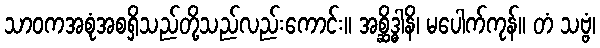
သာဝကအစုံအစရှိသည်တို့သည်လည်းကောင်း။ အစ္ဆိဒ္ဓါနိ၊ မပေါက်ကုန်။ တံ သဗ္ဗံ၊